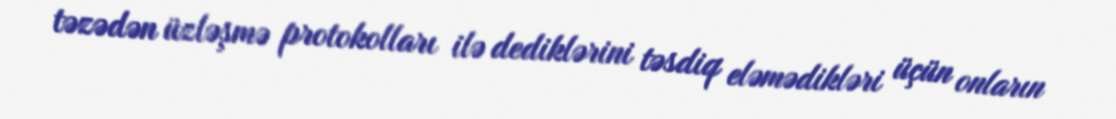
təzədən üzləşmə protokolları ilə dediklərini təsdiq eləmədikləri üçün onların